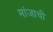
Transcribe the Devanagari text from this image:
मांजाची